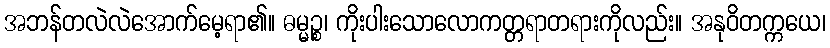
အဘန်တလဲလဲအောက်မေ့ရာ၏။ ဓမ္မဉ္စ၊ ကိုးပါးသောလောကတ္တရာတရားကိုလည်း။ အနုဝိတက္ကယေ၊